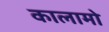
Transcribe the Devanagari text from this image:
कालामो